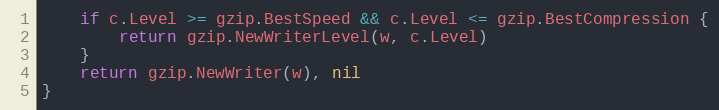
Language: Go
	if c.Level >= gzip.BestSpeed && c.Level <= gzip.BestCompression {
		return gzip.NewWriterLevel(w, c.Level)
	}
	return gzip.NewWriter(w), nil
}